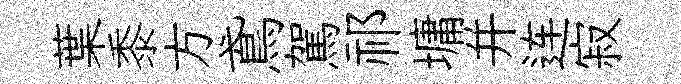
葉黍方鳶駕祁墉并连寂